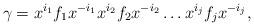
LaTeX: \begin{align*}\gamma= x^{i_1}f_1x^{-i_1}x^{i_2}f_2x^{-i_2}\dots x^{i_j}f_{j}x^{-i_j},\end{align*}